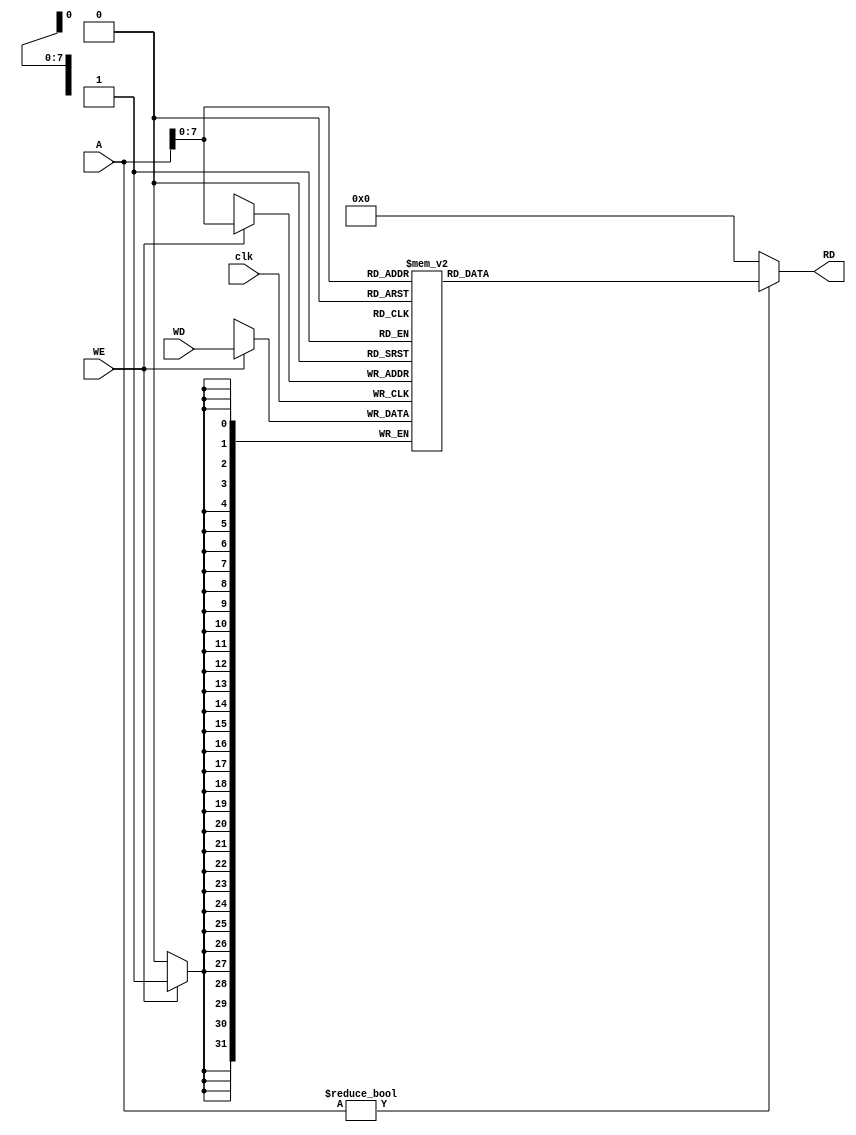
`timescale 1ns / 1ps
//////////////////////////////////////////////////////////////////////////////////
// Company: 
// Engineer: 
// 
// Design Name: 
// Module Name: dmem
// Project Name: 
// Target Devices: 
// Tool Versions: 
// Description: 
// 
// Dependencies: 
// 
// Revision:
// Revision 0.01 - File Created
// Additional Comments:
// 
//////////////////////////////////////////////////////////////////////////////////


module dmem(
    output  [31:0] RD,
    input   [31:0] A, WD,
    input   WE, clk
    );

    reg [31:0] RAM [0:255];

    assign RD = (A != 0) ? RAM[A[7:0]] : 0;

    always @ (posedge clk)
        if (WE)
            RAM[A[7:0]] <= WD;
            // when a 32 bit number is sent to the address field, this is the calculated
            // address from the ALU. Meaning that the instruction is for "lw" or "sw".
            // Another indicator for this is when the signal "MemWrite" is 1.
            // All other times, "MemWrite" is 0, and the ALUResult that is sent to A
            // is ignored.

endmodule